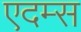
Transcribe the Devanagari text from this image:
एदम्स